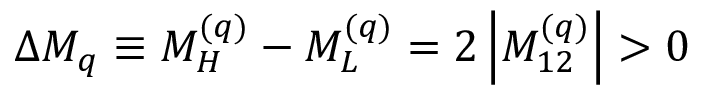
\Delta M _ { q } \equiv M _ { H } ^ { ( q ) } - M _ { L } ^ { ( q ) } = 2 \left| M _ { 1 2 } ^ { ( q ) } \right| > 0